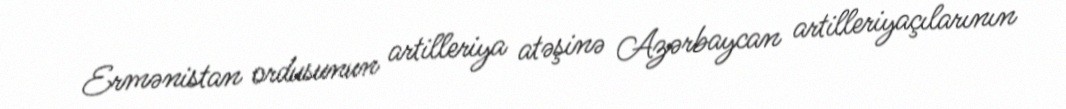
Ermənistan ordusunun artilleriya atəşinə Azərbaycan artilleriyaçılarının